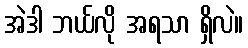
အဲဒါ ဘယ်လို အရသာ ရှိလဲ။